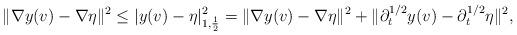
LaTeX: \begin{align*} \|\nabla y(v) - \nabla \eta\|^2 \leq |y(v) - \eta|_{1,\frac{1}{2}}^2 = \|\nabla y(v) - \nabla \eta\|^2 + \|\partial_t^{1/2} y(v) - \partial_t^{1/2} \eta\|^2, \end{align*}